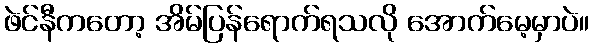
ဖဲင်နီကတော့ အိမ်ပြန်ရောက်ရသလို အောက်မေ့မှာပဲ။